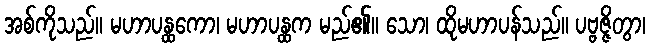
အစ်ကိုသည်။ မဟာပန္ထကော၊ မဟာပန္ထက မည်၏။ သော၊ ထိုမဟာပန်သည်။ ပဗ္ဗဇ္ဇိတွာ၊